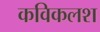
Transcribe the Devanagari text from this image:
कविकलश